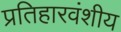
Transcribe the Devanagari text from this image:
प्रतिहारवंशीय